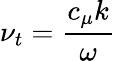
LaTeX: \nu_{t}={\frac{c_{\mu}k}{\omega}}